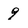
Character: 9